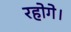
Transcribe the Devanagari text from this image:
रहोगे।